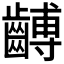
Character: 𪙍